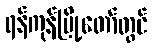
ရန်ကုန်မြို့တော်တွင်